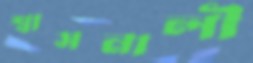
শ্বাসনালী